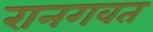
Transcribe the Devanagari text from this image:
रानगवत